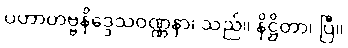
ပဟာတဗ္ဗနိဒ္ဒေသဝဏ္ဏနာ၊ သည်။ နိဋ္ဌိတာ၊ ပြီ။